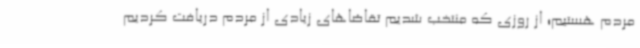
مردم هستیم؛ از روزی که منتخب شدیم تقاضاهای زیادی از مردم دریافت کردیم